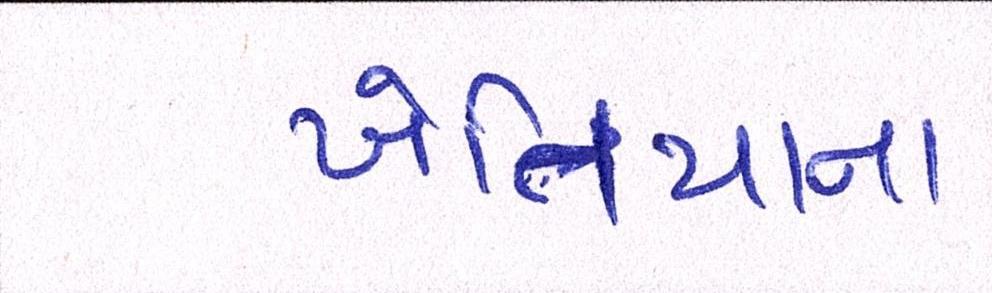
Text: ખેતિયાના